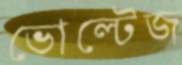
ভোল্টেজ